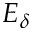
E _ { \delta }